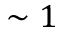
\sim 1